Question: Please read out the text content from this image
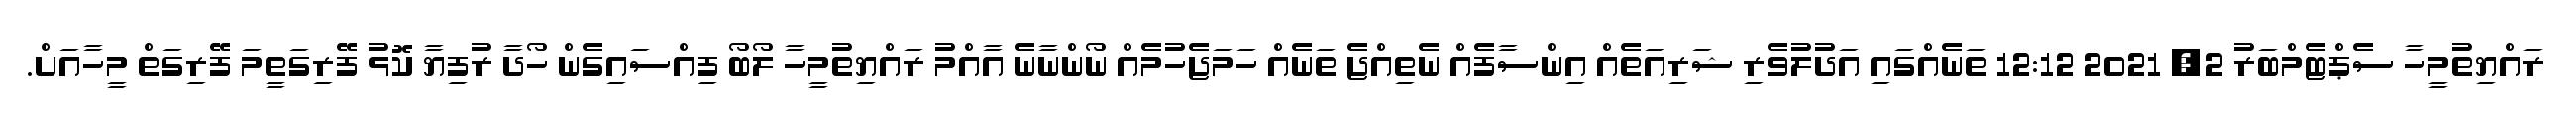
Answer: ރައްޔިތުމީހާ ސެޕްޓެމްބަރު 2, 2021 12:12 ތަނެއްގައި އަދުލުވެރި ޝަރިއަތެއް އިންސާފެއް ނެތިއްޖެ ތަނެއް ހަމަޖެހުމެއް ނޯންނާނެ އާއްމު ރައްޔިތުމީހާ ލޯބޯ ފިއްސައިގެން ހޯދާ ރުފިޔާ ކޮޅު ފޭރިގަތީމަ ފޭރިގަތް މީހާއަށް.